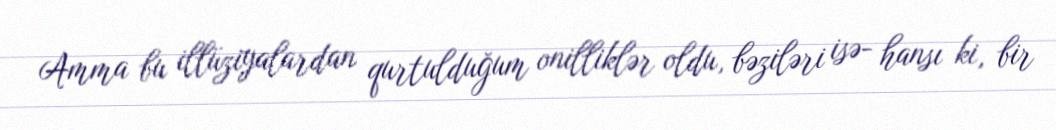
Amma bu illüziyalardan qurtulduğum onilliklər oldu, bəziləri isə- hansı ki, bir